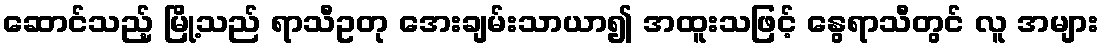
ဆောင်သည့် မြို့သည် ရာသီဥတု အေးချမ်းသာယာ၍ အထူးသဖြင့် နွေရာသီတွင် လူ အများ